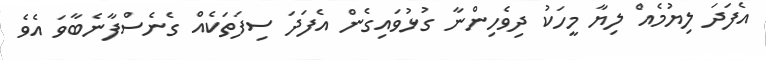
އެފަދަ ލިޔުމެއް ލިޔާ މީހަކު ދިވެހިންނާ ގުޅުވައިގެން އެފަދަ ސިފަތަކެއް ގެނެސްފާނެބާވަ އެވެ